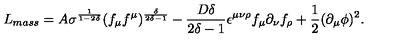
L _ { m a s s } = A \sigma ^ { \frac { 1 } { 1 - 2 \delta } } ( f _ { \mu } f ^ { \mu } ) ^ { \frac { \delta } { 2 \delta - 1 } } - \frac { D \delta } { 2 \delta - 1 } \epsilon ^ { \mu \nu \rho } f _ { \mu } \partial _ { \nu } f _ { \rho } + \frac { 1 } { 2 } ( \partial _ { \mu } \phi ) ^ { 2 } .